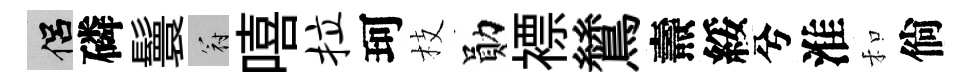
侣磷鬟冠嘻拉珂枝勛褾鷥燾綏兮淮和倘